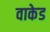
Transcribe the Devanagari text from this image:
वाकेड